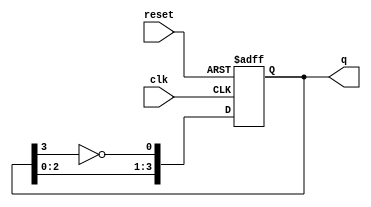
module johnson_counter (
    input wire clk,        // Clock input
    input wire reset,      // Asynchronous reset
    output reg [N-1:0] q   // Counter outputs
);
    parameter N = 4;       // Number of flip-flops (change for different counter sizes)

    // Internal signal for feedback
    wire feedback;

    // Feedback is the inverted output of the last flip-flop
    assign feedback = ~q[N-1];

    always @(posedge clk or posedge reset) begin
        if (reset) begin
            q <= 0; // Reset counter to zero
        end else begin
            // Shift the states and apply feedback
            q <= {q[N-2:0], feedback};
        end
    end
endmodule